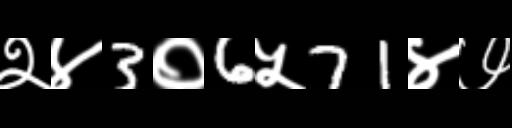
Text: २४3०6५71४७